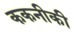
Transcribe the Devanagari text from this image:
ककनीकी